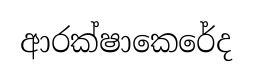
ආරක්ෂාකෙරේද